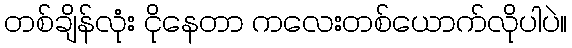
တစ်ချိန်လုံး ငိုနေတာ ကလေးတစ်ယောက်လိုပါပဲ။